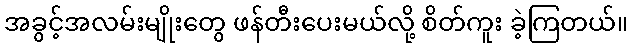
အခွင့်အလမ်းမျိုးတွေ ဖန်တီးပေးမယ်လို့ စိတ်ကူး ခဲ့ကြတယ်။